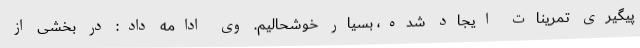
پیگیری تمرینات ایجاد شده، بسیار خوشحالیم. وی ادامه داد: در بخشی از